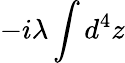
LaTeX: -i\lambda\int d^{4}z